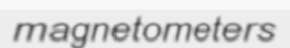
magnetometers